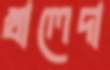
খালেদা